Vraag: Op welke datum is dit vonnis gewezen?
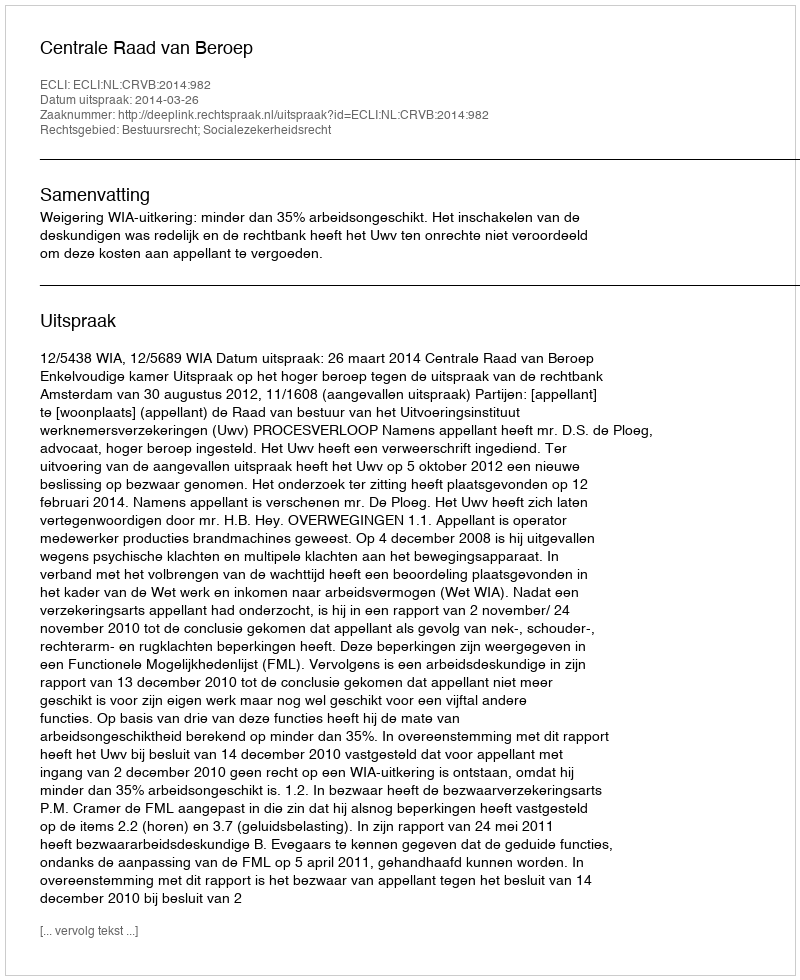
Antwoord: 2014-03-26